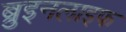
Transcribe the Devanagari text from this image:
ब्रुइनलाइफ